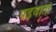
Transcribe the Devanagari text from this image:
पढ़वाता